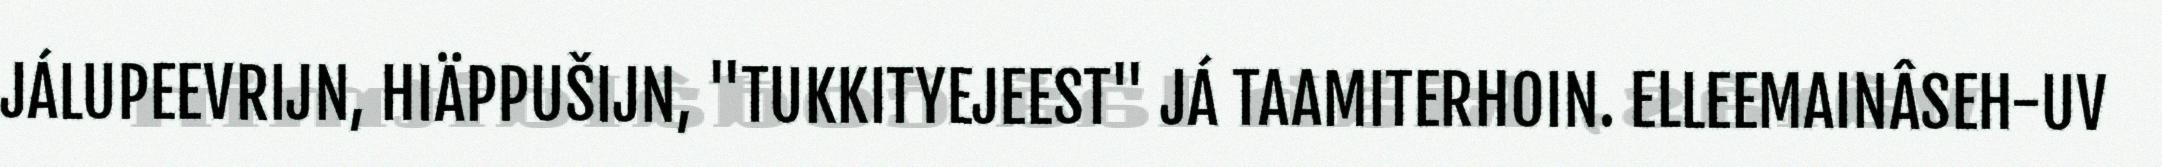
JÁLUPEEVRIJN, HIÄPPUŠIJN, "TUKKITYEJEEST" JÁ TAAMITERHOIN. ELLEEMAINÂSEH-UV